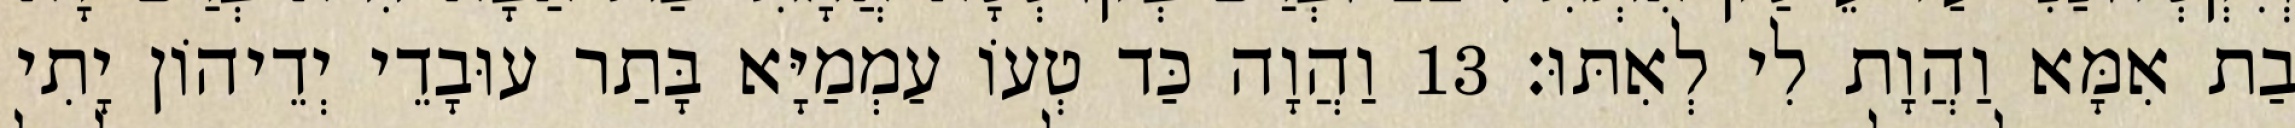
בַת אִמָּא וַהֲוָת לִי לְאִתּוּ׃ 13 וַהֲוָה כַּד טְעוֹ עַמְמַיָּא בָּתַר עוּבָדֵי יְדֵיהוֹן יָתִי